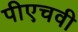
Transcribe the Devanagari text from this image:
पीएचवी